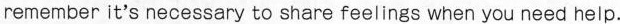
remember it's necessary to share feelings when you need help.